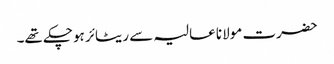
حضرت مولانا عالیہ سے ریٹائر ہوچکے تھے۔